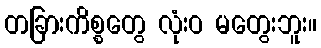
တခြားကိစ္စတွေ လုံးဝ မတွေးဘူး။